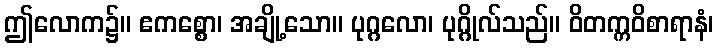
ဤလောက၌။ ဧကစ္စော၊ အချို့သော။ ပုဂ္ဂလော၊ ပုဂ္ဂိုလ်သည်။ ဝိတက္ကဝိစာရာနံ၊